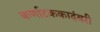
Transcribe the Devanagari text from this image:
कर्णाटककादंबरी